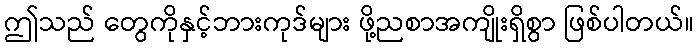
ဤသည် တွေကိုနှင့်ဘားကုဒ်များ ဖို့ညစာအကျိုးရှိစွာ ဖြစ်ပါတယ်။